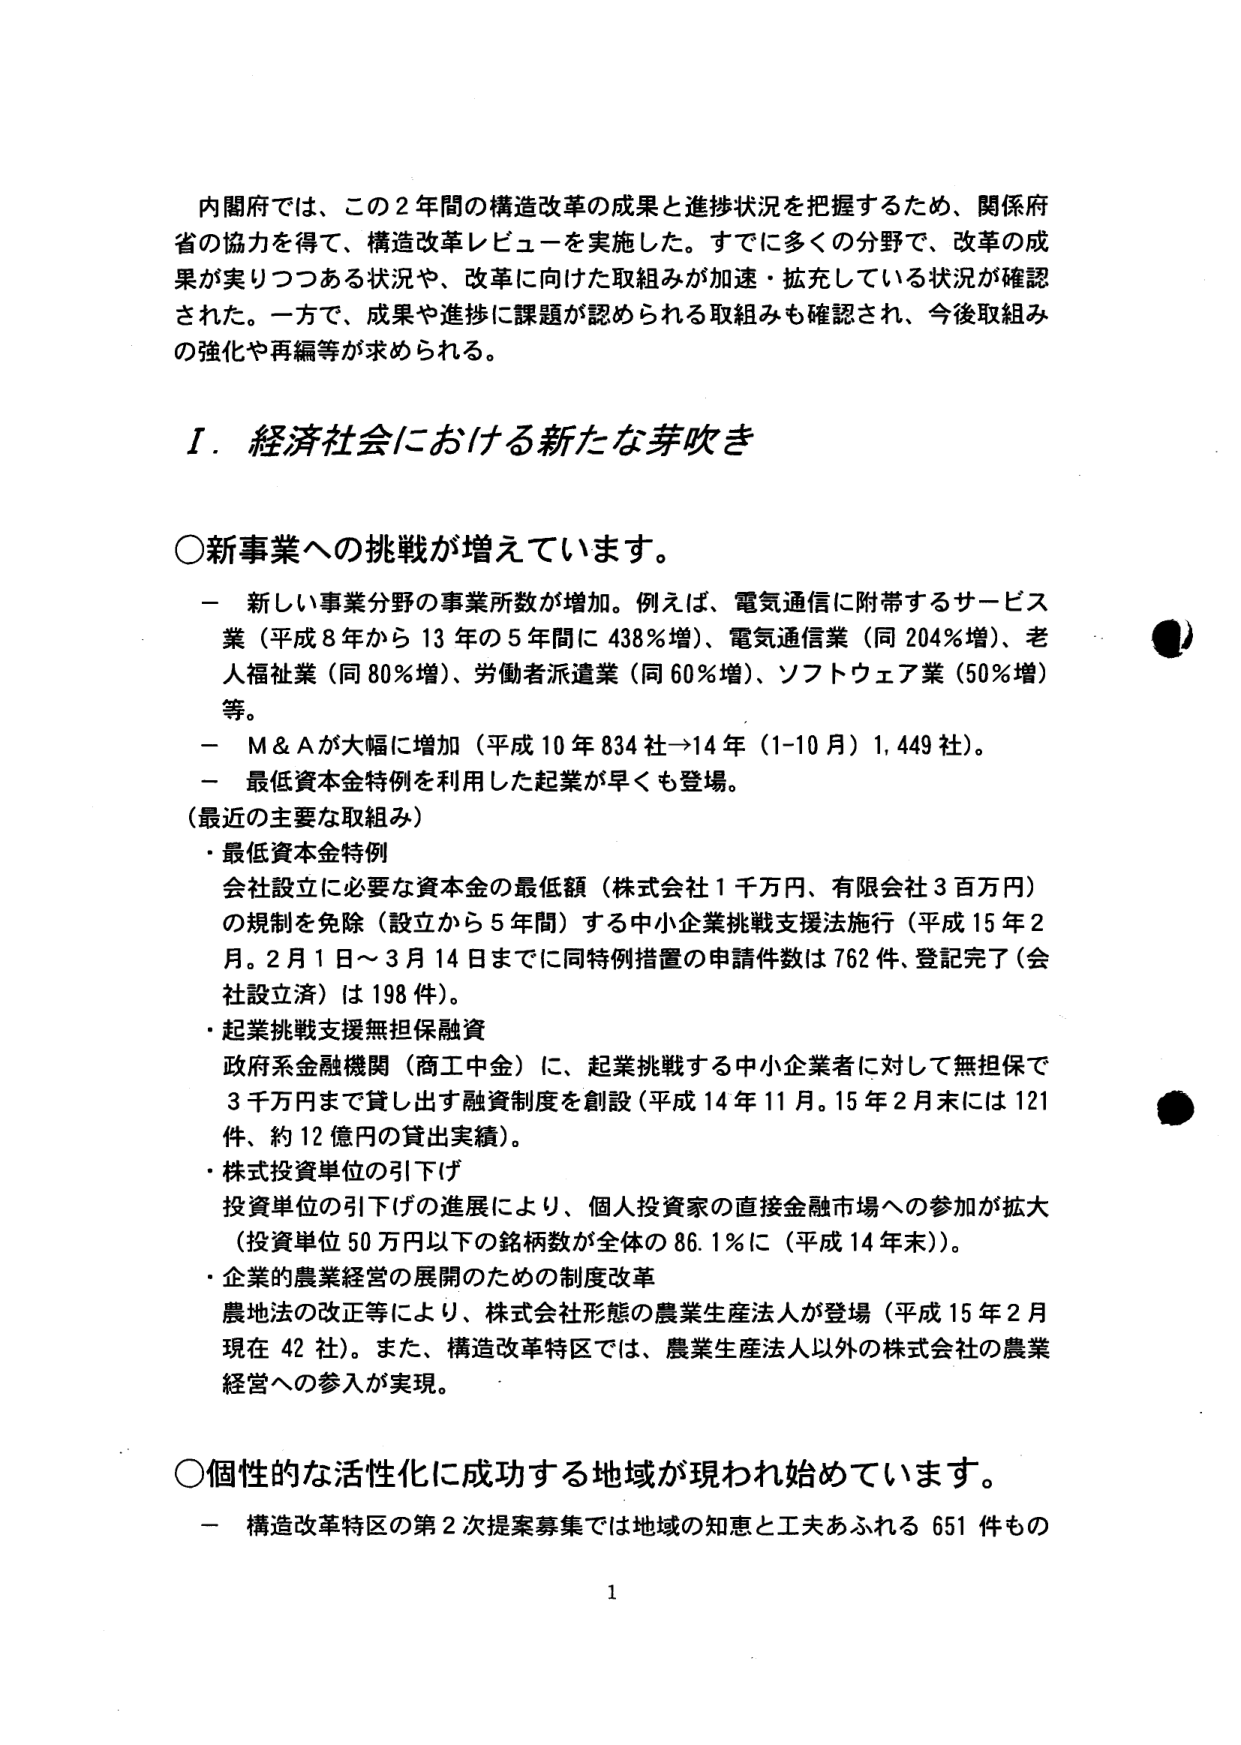
内閣府では、この２年間の構造改革の成果と進捗状況を把握するため、関係府省の協力を得て、構造改革レビューを実施した。すでに多くの分野で、改革の成果が実りつつある状況や、改革に向けた取組みが加速・拡充している状況が確認された。一方で、成果や進捗に課題が認められる取組みも確認され、今後取組みの強化や再編等が求められる。

Ⅰ．経済社会における新たな芽吹き

○新事業への挑戦が増えています。
－ 新しい事業分野の事業所数が増加。例えば、電気通信に附帯するサービス業（平成８年から１３年の５年間に４３８％増）、電気通信業（同２０４％増）、老人福祉業（同８０％増）、労働者派遣業（同６０％増）、ソフトウェア業（５０％増）等。
－ Ｍ＆Ａが大幅に増加（平成１０年８３４社→１４年（１－１０月）１，４４９社）。
－ 最低資本金特例を利用した起業が早くも登場。
（最近の主要な取組み）
・最低資本金特例
会社設立に必要な資本金の最低額（株式会社１千万円、有限会社３百万円）の規制を免除（設立から５年間）する中小企業挑戦支援法施行（平成１５年２月。２月１日～３月１４日までに同特例措置の申請件数は７６２件、登記完了（会社設立済）は１９８件）。
・起業挑戦支援無担保融資
政府系金融機関（商工中金）に、起業挑戦する中小企業者に対して無担保で３千万円まで貸し出す融資制度を創設（平成１４年１１月。１５年２月末には１２１件、約１２億円の貸出実績）。
・株式投資単位の引下げ
投資単位の引下げの進展により、個人投資家の直接金融市場への参加が拡大（投資単位５０万円以下の銘柄数が全体の８６．１％に（平成１４年末））。
・企業的農業経営の展開のための制度改革
農地法の改正等により、株式会社形態の農業生産法人が登場（平成１５年２月現在４２社）。また、構造改革特区では、農業生産法人以外の株式会社の農業経営への参入が実現。

○個性的な活性化に成功する地域が現れ始めています。
－ 構造改革特区の第２次提案募集では地域の知恵と工夫あふれる６５１件もの

1